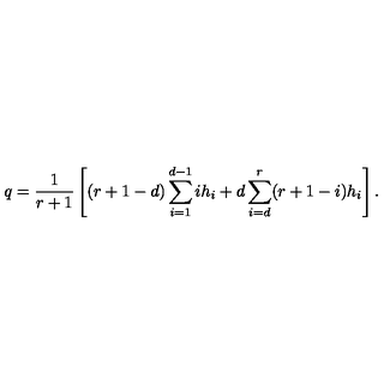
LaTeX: q = \frac { 1 } { r + 1 } \left[ ( r + 1 - d ) \sum _ { i = 1 } ^ { d - 1 } i h _ { i } + d \sum _ { i = d } ^ { r } ( r + 1 - i ) h _ { i } \right] .